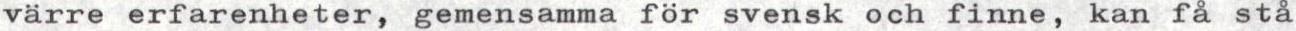
värre erfarenheter, gemensamma för svensk och finne, kan få stå